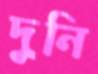
দুনি